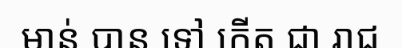
មាន់ បាន ទៅ កើត ជា រាជ